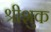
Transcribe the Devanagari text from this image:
श्रीशुक